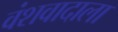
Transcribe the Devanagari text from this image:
वंशवादाला